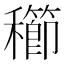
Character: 𥣮